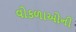
વોકળાઓની